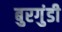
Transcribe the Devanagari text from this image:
बुरगुंडी